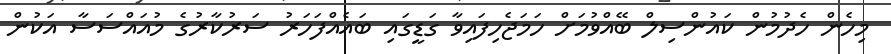
މިހެން ހެދުމުން ކައުންސިލް ބޭއްވުމަށް ހަމަޖެހިފައިވާ ގަޑީގައި ބައެއްފަހަރު ސަރުކާރުގެ މުއައްސަސާ އަކުން